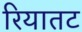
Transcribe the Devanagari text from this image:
रियातट